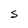
Character: S